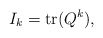
\begin{align*}I_k=\mathrm{tr}(Q^k),\end{align*}